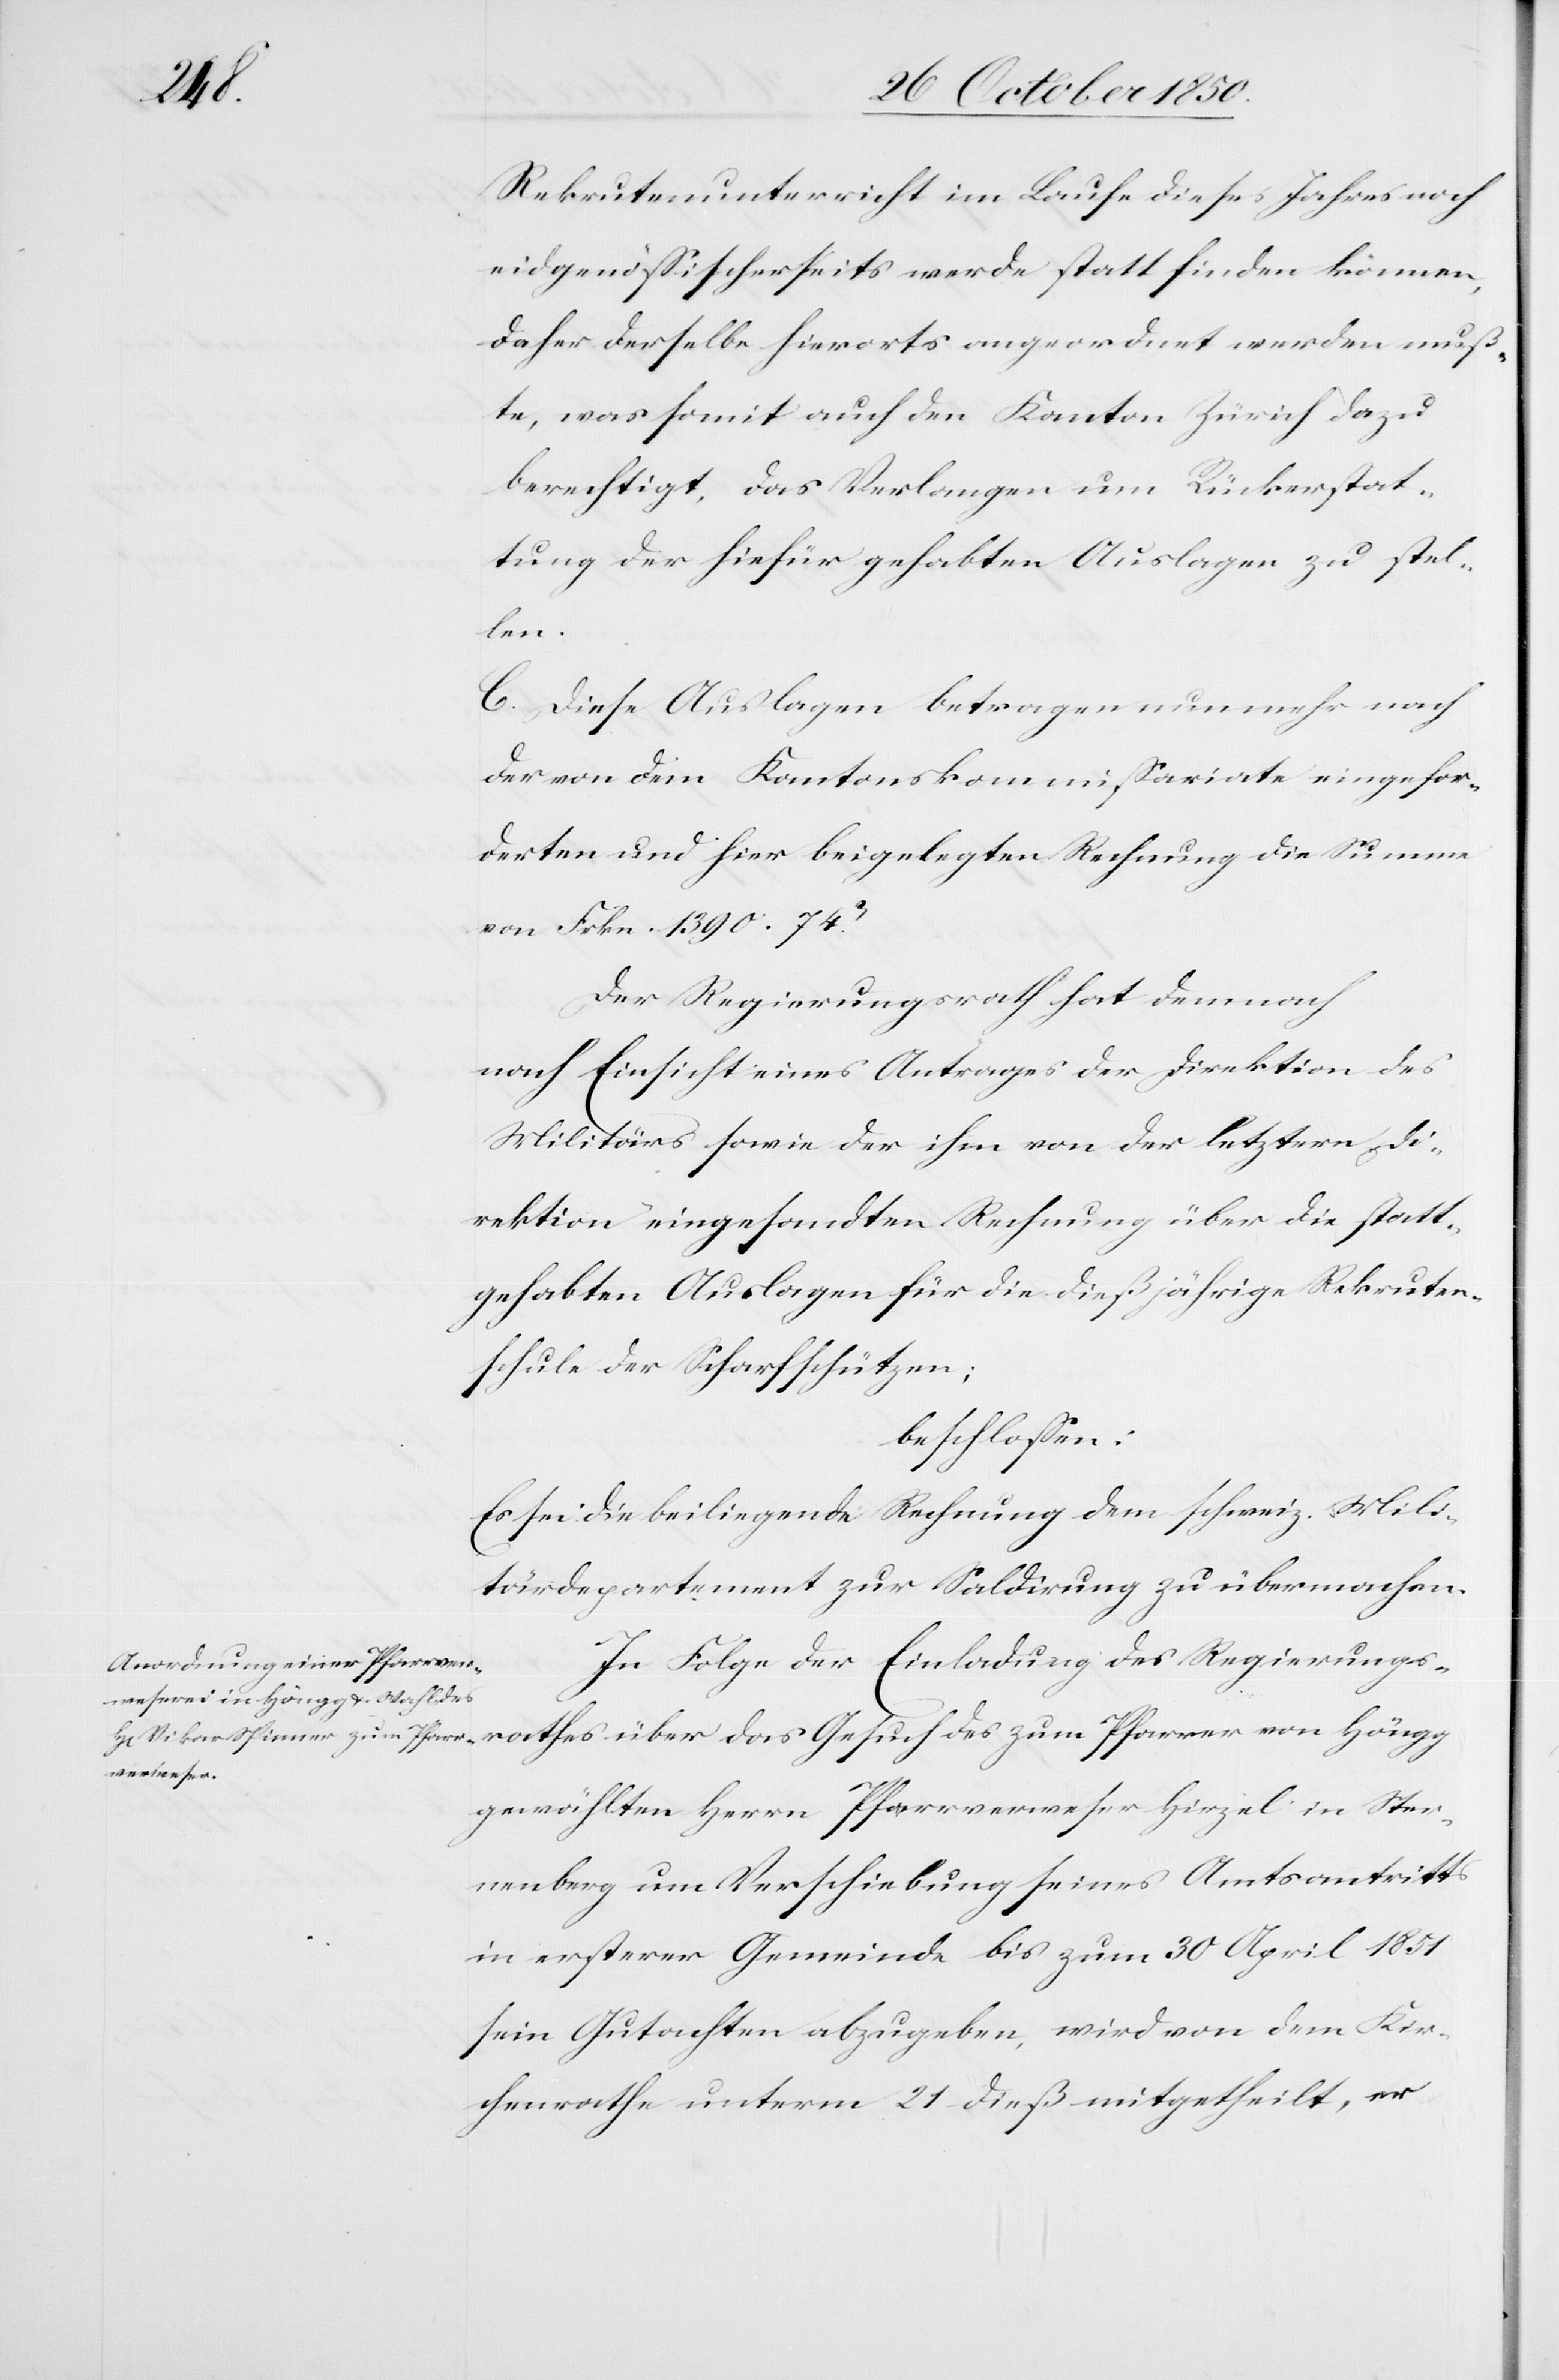
athes

Rekrutenunterricht im Laufe dieses Jahres noch
eidgenössischerseits werde statt finden können,
daher derselbe hierorts angeordnet werden muß¬
te, was somit auch den Kanton Zürich dazu
berechtigt, das Verlangen um Rückerstat¬
tung der hiefür gehabten Auslagen zu stel¬
len.
C. Diese Auslagen betragen nunmehr nach
der von dem Kantonskommissariate eingefor¬
derten und hier beigelegten Rechnung die Summe
von Frkn. 1390. 74[?C]
Der Regierungsrath hat demnach
nach Einsicht eines Antrages der Direktion des
Militärs sowie der ihm von der letztern Di¬
rektion eingesandten Rechnung über die statt¬
gehabten Auslagen für die dießjährige Rekruten¬
schule der Scharfschützen;
beschlossen:
Es sei die beiliegende Rechnung dem schweiz. Mili¬
tärdepartement zur Saldirung zu übermachen.
In Folge der Einladung des Regierungsr¬
gewählten Herrn Pfarrverweser Hirzel in Ster¬
nenberg um Verschiebung seines Amtsantritts
in ersterer Gemeinde bis zum 30 April 1851
sein Gutachten abzugeben, wird von dem Kir¬
chenrathe unterm 21 dieß mitgetheilt, er